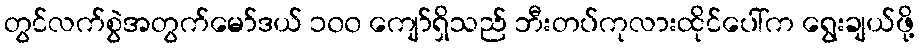
တွင်လက်စွဲအတွက်မော်ဒယ် ၁၀၀ ကျော်ရှိသည် ဘီးတပ်ကုလားထိုင်ပေါ်က ရွေးချယ်ဖို့